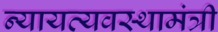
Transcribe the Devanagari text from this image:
न्यायव्यवस्थामंत्री